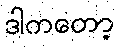
ဒါကတော့